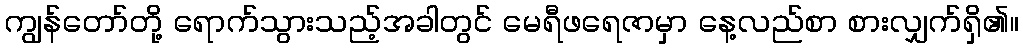
ကျွန်တော်တို့ ရောက်သွားသည့်အခါတွင် မေရီဖရေဇာမှာ နေ့လည်စာ စားလျှက်ရှိ၏။